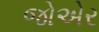
જોએર